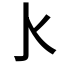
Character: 𰛅